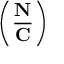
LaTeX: \left( { \frac { \mathbf { N } } { \mathbf { C } } } \right)